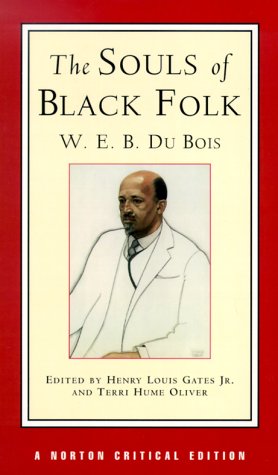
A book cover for The Souls of Black Folk, A Norton Critical Edition; W. E. B. Du Bois; Literature & Fiction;